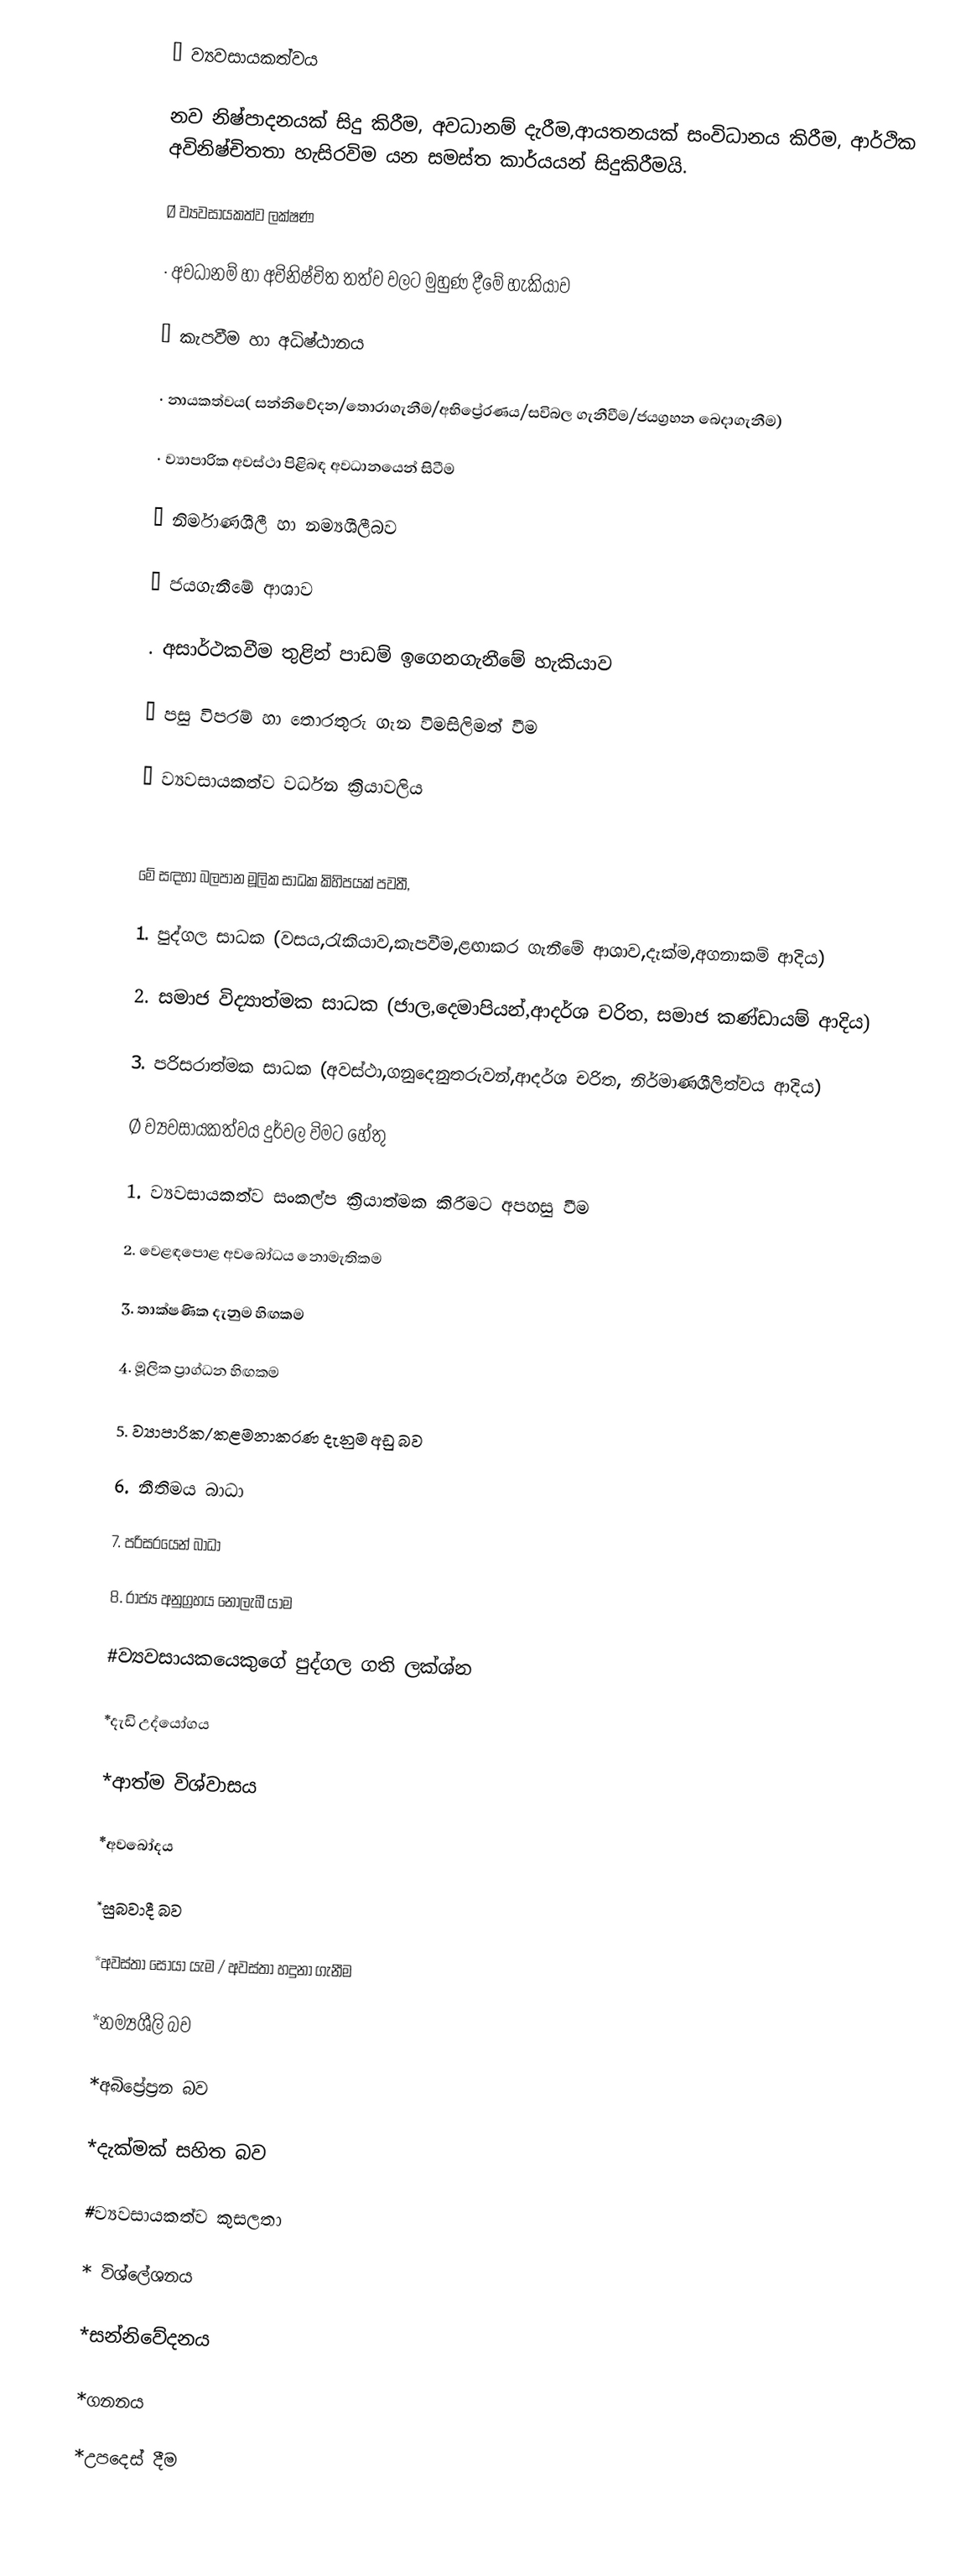
Ø ව්‍යවසායකත්වය

නව නිෂ්පාදනයක් සිදු කිරීම, අවධානම් දැරීම,ආයතනයක් සංවිධානය කිරීම, ආර්ථික අවිනිෂ්චිතතා හැසිරවිම යන සමස්ත කාර්යයන් සිදුකිරීමයි.

Ø ව්‍යවසායකත්ව ලක්ෂණ

 ·       අවධානම් හා අවිනිෂ්චිත තත්ව වලට මුහුණ දීමේ හැකියාව

 ·       කැපවීම හා අධිෂ්ඨානය

 ·       නායකත්වය( සන්නිවේදන/තොරාගැනීම/අභිප්‍රේරණය/සවිබල ගැනීවීම/ජයග්‍රහන බෙදාගැනීම)

 ·       ව්‍යාපාරික අවස්ථා පිළිබඳ අවධානයෙන් සිටීම

 ·       නිර්මාණශීලී හා නම්‍යශීලීබව

 ·       ජයගැනීමේ ආශාව

 .       අසාර්ථකවීම තුළින් පාඩම් ඉගෙනගැනීමේ හැකියාව

 ·       පසු විපරම් හා තොරතුරු ගැන විමසිලිමත් වීම

Ø ව්‍යවසායකත්ව වර්ධන ක්‍රියාවලිය

    

මේ සඳහා බලපාන මූලික සාධක කිහිපයක් පවතී,

1.    පුද්ගල සාධක (වසය,රැකියාව,කැපවීම,ළඟාකර ගැනීමේ ආශාව,දැක්ම,අගනාකම් ආදිය)

2.    සමාජ විද්‍යාත්මක සාධක (ජාල,දෙමාපියන්,ආදර්ශ චරිත, සමාජ කණ්ඩායම් ආදිය)

3.    පරිසරාත්මක සාධක (අවස්ථා,ගනුදෙනුතරුවන්,ආදර්ශ චරිත, නිර්මාණශීලිත්වය ආදිය)

Ø ව්‍යවසායකත්වය දුර්වල විමට හේතු

1.    ව්‍යවසායකත්ව සංකල්ප ක්‍රියාත්මක කිරීමට අපහසු වීම

2.    වෙළඳපොළ අවබෝධය නොමැතිකම

3.    තාක්ෂණික දැනුම හිඟකම

4.    මූලික ප්‍රාග්ධන හිඟකම

5.    ව්‍යාපාරික/කළමනාකරණ දැනුම අඩු බව

6.    නීතිමය බාධා

7.    පරිසරයෙන් බාධා

8.    රාජ්‍ය අනුග්‍රහය නොලැබී යාම

#ව්‍යවසායකයෙකුගේ පුද්ගල ගති ලක්ශ්න

*දැඩි උද්යෝගය

*ආත්ම විශ්වාසය

*අවබෝදය

*සුබවාදී බව

*අවස්තා සොයා යැම / අවස්තා හදුනා ගැනීම

*නම්‍යශීලි බව

*අබිප්‍රේප්‍රන බව

*දැක්මක් සහිත බව

#ව්‍යවසායකත්ව කුසලතා

* විශ්ලේශනය

*සන්නිවේදනය

*ගනනය

*උපදෙස් දීම